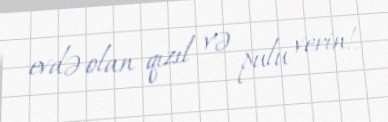
evdə olan qızıl və pulu verin!.